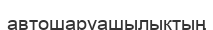
автошаруашылықтың